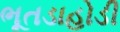
ભૂતડાહોડી